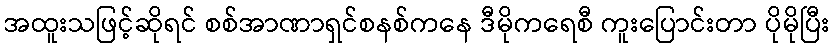
အထူးသဖြင့်ဆိုရင် စစ်အာဏာရှင်စနစ်ကနေ ဒီမိုကရေစီ ကူးပြောင်းတာ ပိုမိုပြီး